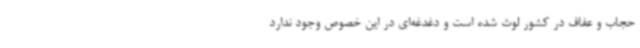
حجاب و عفاف در کشور لوث شده است و دغدغه‌ای در این خصوص وجود ندارد